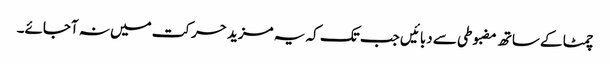
چمٹا کے ساتھ مضبوطی سے دبائیں جب تک کہ یہ مزید حرکت میں نہ آجائے۔